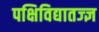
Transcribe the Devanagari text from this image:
पक्षिविद्यातज्‍ज्ञ